Civil Veterinary Dept. North-West Frontier Province 1923-32 - 1923-1932
Year: 1923
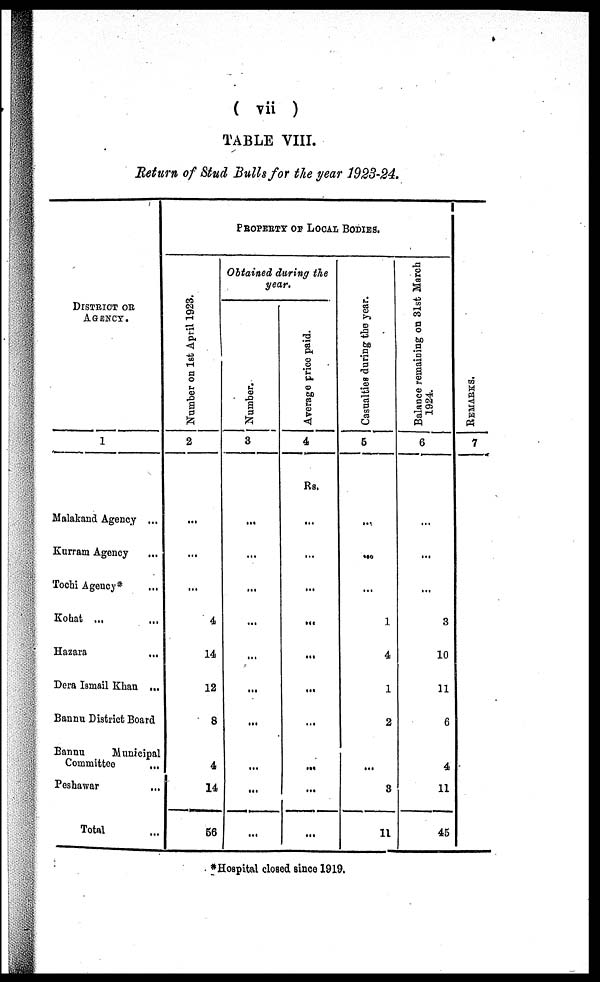
(
vii )
TABLE VIII.
Return of Stud Bulls for the year 1923-24.
DISTRICT OR
AGENCY.
1
Malakand Agency ...
Kurram Agency ...
Tochi Agency* ...
Kohat ... ...
Hazara ...
Dera Ismail Khan ...
Bannu District Board
Bannu
Municipal
Committee
...
Peshawar
...
Total ...
PROPERTY OF LOCAL BODIES.
Nu mb e r on 1st April 1923.
2
...
...
...
4
14
12
8
4
14
56
Obtained during the
year.
Number.
3
...
...
...
...
...
...
...
...
...
...
Average price paid.
4
Rs.
...
...
...
...
...
...
...
...
...
...
Casualties during the year.
5
...
...
...
1
4
1
2
...
3
11
Balance remaining on 31st March
1924.
6
...
...
...
3
10
11
6
4
11
45
REMARKS.
7
*Hospital closed since 1919.